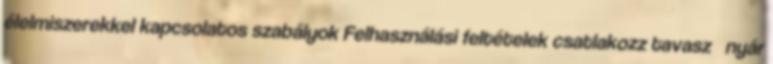
élelmiszerekkel kapcsolatos szabályok Felhasználási feltételek csatlakozz tavasz nyár